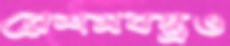
রেশমবস্ত্রও